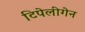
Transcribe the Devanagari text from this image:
टिपेलीगेन